Vaccination North-Western Provinces and Oudh 1878-1895 - 1878-1895
Year: 1878
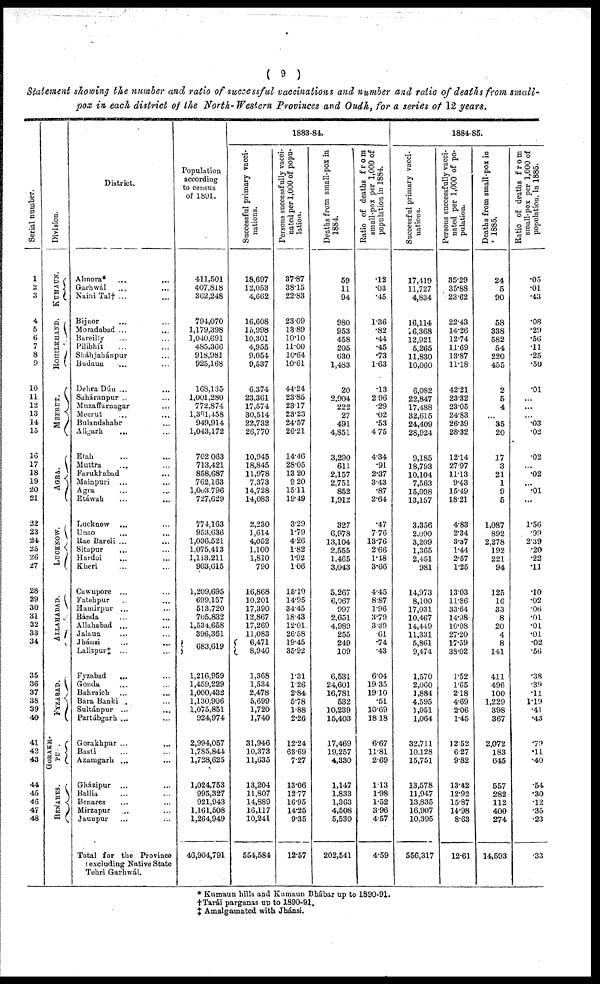
( 9 )
Statement showing the number and ratio of successful vaccinations and number and ratio of deaths from small¬
pox in each district of the North- Western Provinces and Oudh, for a series of 12 years.
Serial number.
1
2
3
4
5
6
7
8
9
10
11
12
13
14
15
16
17
18
19
20
21
22
23
24
25
26
27
28
29
30
31
32
33
34
35
36
37
38
39
40
41
42
43
44
45
46
47
48
Division.
KUMAUN.
ROHILKHAND.
MEERUT.
AGRA.
LUCKNOW.
ALLAHABAD.
FYZABAD.
GORAKH¬
PU
BENARES.
District.
Almora* ... ...
Garhwál ... ...
Naini Tal† ... ...
Bijnor ... ...
Moradabad ...
Bareilly ... ...
Pilibhít ... ...
Sháhjahánpur ...
Budaun ... ...
Dehra Dún ... ...
Saháranpur ... ...
Muzaffarnagar ...
Meerut ... ...
Bulandshahr ...
Aligarh ... ...
Etah ... ...
Muttra ... ...
Farukhabad ... ...
Mainpuri ... ...
Agra ... ...
Etáwah ... ...
Lucknow ... ...
Unao
... ...
Rae Bareli ... ...
Sitapur ... ...
Hardoi ... ...
Kheri ... ...
Cawnpore ... ...
Fatehpur ... ...
Hamírpur ... ...
Bánda ... ...
Allahabad ... ...
Jalaun ... ...
Jháusi
...
...
Lalitpur‡ ... ...
Fyzabad
... ...
Gonda ... ...
Bahraich ... ...
Bara Banki ... ...
Sultánpur ... ...
Partábgarh ... ...
Gorakhpur ...
...
Basti ... ...
Azamgarh ... ...
Gházipur ... ...
Ballia ... ...
Benares ... ...
Mirzapur ... ...
Jaunpur ... ...
Total for the Province
(excluding Native State
Tehri Garhwál.
Population
according
to census
of 1891.
411,501
407,818
362,248
794,070
1,179,398
1,040,691
485,366
918,981
925,168
168,135
1,001,280
772,874
1,391,458
949,914
1,043,172
702,063
713,421
858,687
762,163
l,003,796
727,629
774,163
953,636
1,036,521
1,075,413
1,113,211
903,615
1,209,695
699,157
513,720
705,832
1,534,658
396,361
683,619
1,216,959
1,459,229
1,000,432
1,130,906
1,075,851
924,974
2,994,057
1,785,844
1,728,625
1,024,753
995,327
921,943
1,161,508
1,264,949
46,904,791
1883-84.
Successful primary vacci-
nations.
18,697
12,053
4,662
16,608
15,998
10,301
4,955
9,054
9,537
6,374
23,361
17,574
30,514
22,732
26,770
10,945
18,845
11,978
7,373
14,728
14,083
2,230
1,614
4,052
1,100
1,810
790
16,868
10,201
17,390
12,867
17,269
11,083
6,471
8,946
1,368
1,534
2,478
5,699
1,720
1,740
31,946
10,373
11,635
13,204
11,807
14,889
16,117
10,241
554,584
Persons successfully vacci¬
nated per 1,000 of popu¬
lation.
37.87
38.15
22.83
23.09
13.89
10.10
11.00
10.64
10.61
44.24
23.85
23.17
23.23
24.57
26.21
14.46
28.05
13.20
9.20
15.11
19.49
3.29
1.79
4.26
1.82
1.92
1.06
15.19
14.95
34.45
18.43
12.01
26.58
19.45
35.92
1.31
1.26
2.84
5.78
1.88
2.26
12.24
63.69
7.27
13.06
12.77
16.95
14.25
9.35
12.57
Deaths from small-pox in
1884.
59
11
94
980
953
458
205
630
1,483
20
2,904
222
27
491
4,851
3,290
611
2,157
2,751
852
1,912
327
6,978
13,104
2,555
1,465
3,043
5,267
6,067
997
2,651
4,989
255
249
109
6,531
24,601
16,781
532
10,239
15,403
17,469
19,257
4,330
1,147
1,833
1,363
4,508
5,530
202,541
Ratio of deaths from
small-pox per 1,000 of
population in 1884.
.12
.03
.45
136
.82
.44
.45
.73
1.63
.13
2.96
.29
.02
.53
4.75
4.34
.91
2.37
3.43
.87
2.64
.47
7.76
13.76
2.66
1.48
3.66
4.45
8.87
1.96
3.79
3.39
.61
.74
.43
6.04
19.35
19.10
.51
10.69
18.18
6.67
11.81
2.69
1.13
1.98
1.52
3.96
4.57
4.59
1884-85.
Successful primary vacci-
nations.
17,419
11,727
4,834
16,114
116,368
12,921
5,265
11,830
10,060
6,082
22,847
17,488
32,615
24,409
28,924
9,185
18,793
10,104
7,563
15,098
13,157
3,356
2,090
3,209
1,365
2,451
981
14,973
8,100
17,031
10,467
14,449
11,331
5,861
9,474
1,570
2,060
1,884
4,595
1,951
1,064
32,711
10,128
15,751
13,578
11,947
13,835
16,907
10,395
556,317
Persons successfully vacci-
nated per 1,000 of po-
pulation.
35.29
35.88
23.62
22.43
14.26
12.74
11.69
13.87
11.18
42.21
23.32
23.05
24.83
26.39
28.32
12.14
27.97
11.13
9.43
15.49
18.21
4.83
2.34
3.37
1.44
2.57
1.25
13.03
11.86
33.64
14.38
10.08
27.20
17.59
38.02
1.52
1.65
2.18
4.69
2.06
1.45
12.52
6.27
9.82
13.42
12.92
15.87
14.98
8.63
12.61
Deaths from small-pox in
1885.
24
5
90
58
338
582
54
220
455
2
5
4
...
35
20
17
3
21
1
9
5
1,087
892
2,278
192
221
94
125
16
33
8
20
4
8
141
411
496
100
1,229
398
367
2,072
183
645
557
282
112
400
274
14,593
Ratio of deaths from
small-pox per 1,000 of
population. In 1885.
.05
.01
.43
.08
.29
.56
.11
.25
.50
.01
...
...
...
.03
.02
.02
...
.02
...
.01
...
1.56
.99
239
.20
.22
.11
.10
.02
.06
.01
.01
.01
.02
.56
.38
.39
.11
1.19
.41
.43
.79
.11
.40
.54
.30
.12
.35
.23
.33
* Kumaun hills and Kumaun. Bhábar up to 1890-91.
†Tarái parganas up to 1890-91.
‡ Amalgamated with Jhánsi.